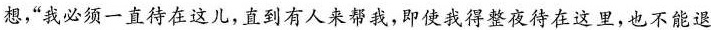
想，”我必须一直待在这儿，直到有人来帮我，即使我得整夜待在这里，也不能退